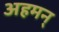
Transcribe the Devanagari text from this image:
अहमन्